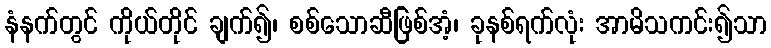
နံနက်တွင် ကိုယ်တိုင် ချက်၍၊ စစ်သောဆီဖြစ်အံ့၊ ခုနစ်ရက်လုံး အာမိသကင်း၍သာ